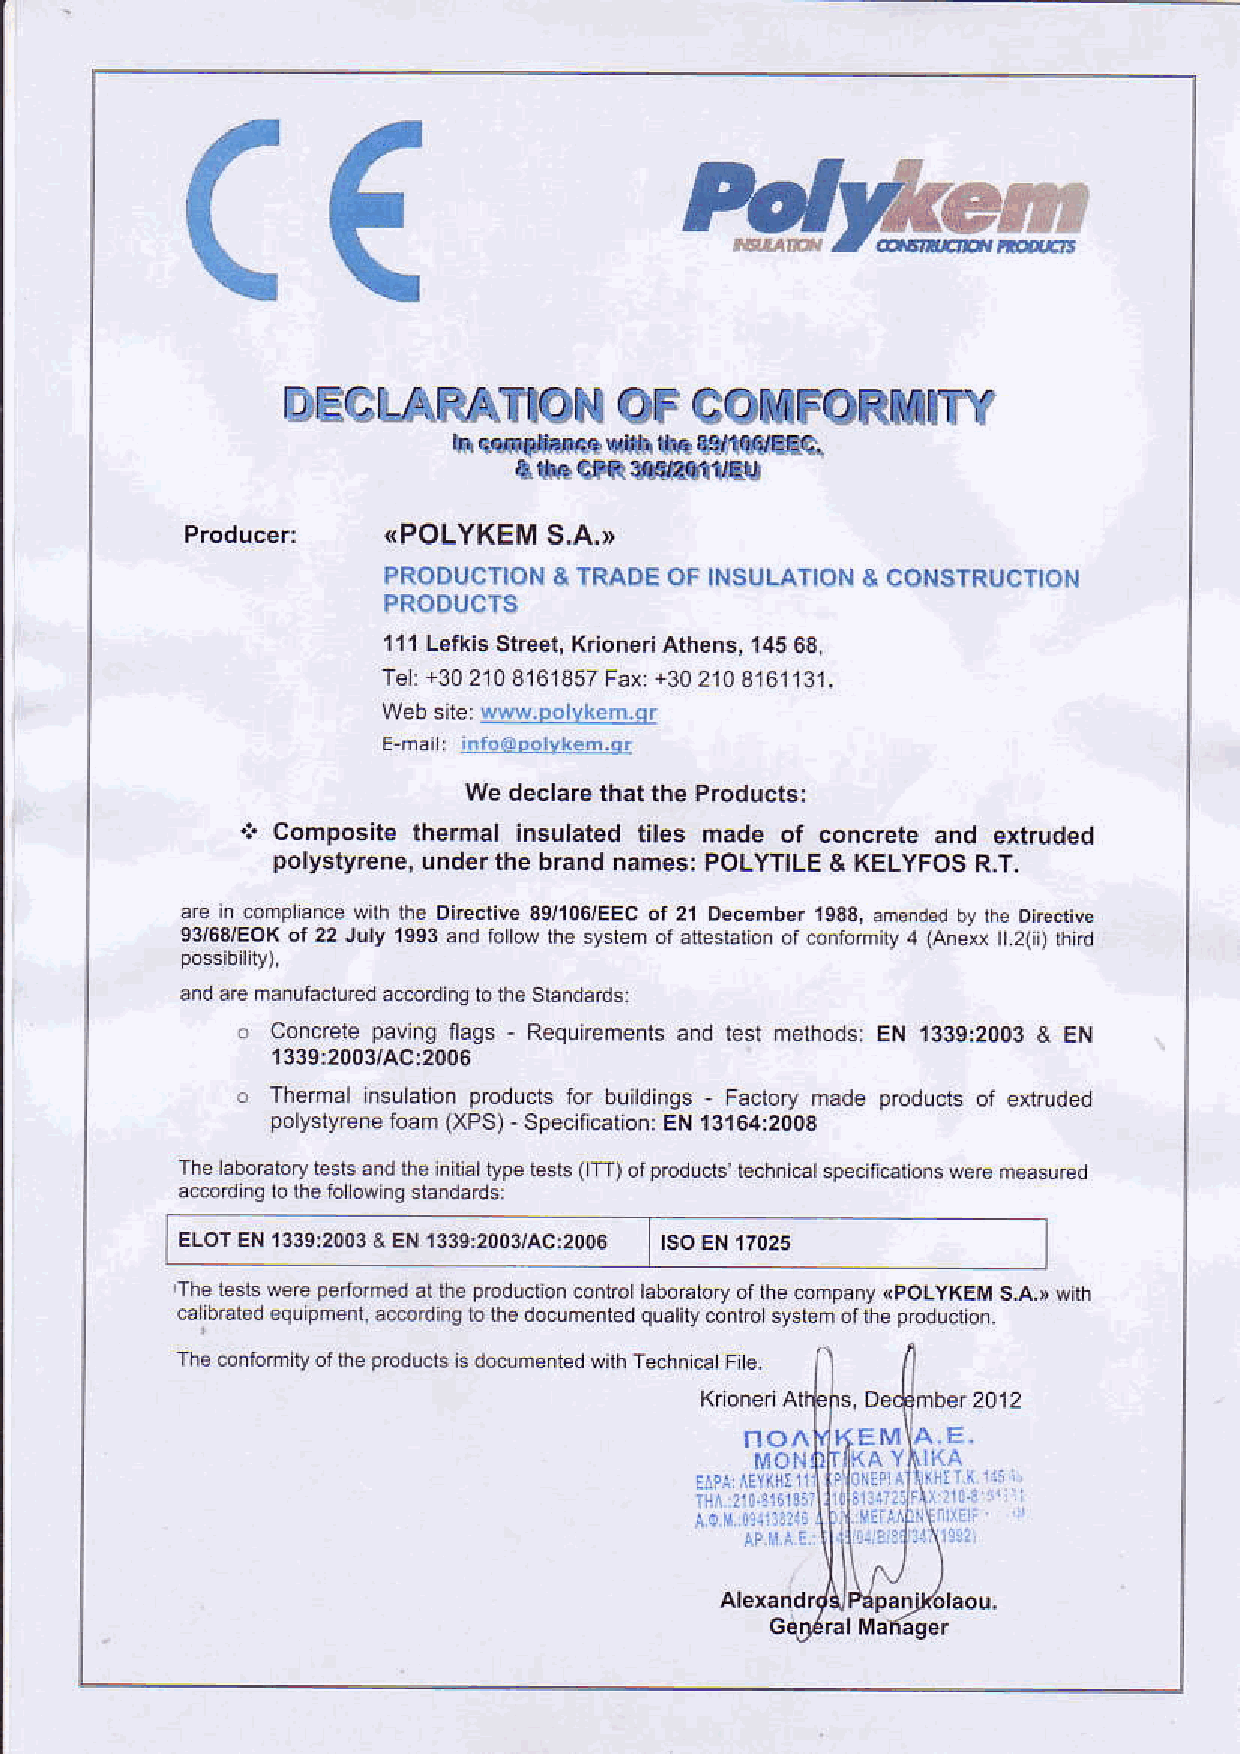
C€
 Hykm
 DECLARATIOONF              C OXFORTITY
 h...*6ihlt      €fiU R.
 lT.GtawllllRl
 (POLYKEMS   .A.D
 PRODUCTIO&NT RAOEO  FT NSULATIO&N C ONSTRUCTION
 PRODUCTS
 l11L€fkis StreetX, rionerAi th€ns, 1456 3,
 Te:+ 3021801 6185F7a x+ 302103161131.
 Webs ile:w ww.polvken.or
 Wed ectaroth ai the products:
 .:. Compositel hemal insulatedt lles nade of concrerea nd extruded
 polystyreneu, ndertheb 6nd names:P OLYTTL&E K ELYFOSR .T,
 e 39/106/EEoct 21 Decembelrs
 nfohiry 4 (Ane! r 2(it lhi'!
 .nd a€ manuhcrureda c@dins io ih€ sbidards.
 c Conc@lep avingf lags - Requiremenha nd test merhods:E N l339r2OO3& EN
 1339:2003/AC:2006
 o Themal nsulationp roducE lor buildings, Factorym ad6 prcducls of exlruded
 porysry€net bam( xPs)- speciticalioEn:N t 3164:2003
 rhe laboEioryie slsa ndt M in arq pe bsts ( Tr) or prcduclsr echni€t s
 aeod nsi o th. io ownss randa'ls:
 ELOTE N1 3392 0033 EN1139:2003/AC:2003
 The tesb reG pedomod ar rhe producronc onircrt aboGtofyo r re companyi poLyKEM s_a.' wirh
 € tal€d equi pmeni.€@ lding ro itie documen redq uatiiyc on rm sysisn of me pr cdu orion.
 ThEc onforn ly orme prcduciEr ddmenred wirhT ehn ca F €.
 EM
 MON